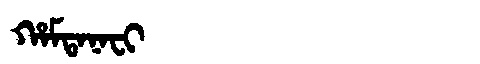
Manchu: ᡥᠠᠮᡨᠠᠨᠠᠸᡳ
Romanization: HAMTANAFI